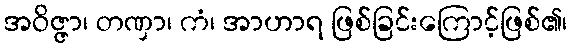
အဝိဇ္ဇာ၊ တဏှာ၊ ကံ၊ အာဟာရ ဖြစ်ခြင်းကြောင့်ဖြစ်၏၊